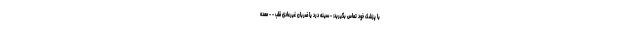
با پزشک خود تماس بگیرید: - سینه درد یا ضربان غیرعادی قلب - - معده